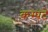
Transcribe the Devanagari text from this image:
कस्पटे